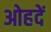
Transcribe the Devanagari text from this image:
ओहदें